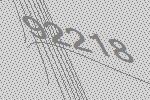
92218